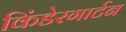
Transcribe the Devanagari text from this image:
किंडेरगार्टन